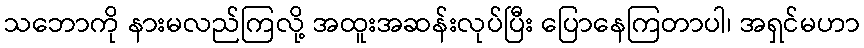
သဘောကို နားမလည်ကြလို့ အထူးအဆန်းလုပ်ပြီး ပြောနေကြတာပါ၊ အရှင်မဟာ